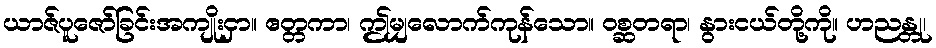
ယာဇ်ပူဇော်ခြင်းအကျိုးငှာ။ ဧတ္တကာ၊ ဤမျှလောက်ကုန်သော။ ဝစ္ဆတရာ၊ နွားငယ်တို့ကို။ ဟညန္တု၊